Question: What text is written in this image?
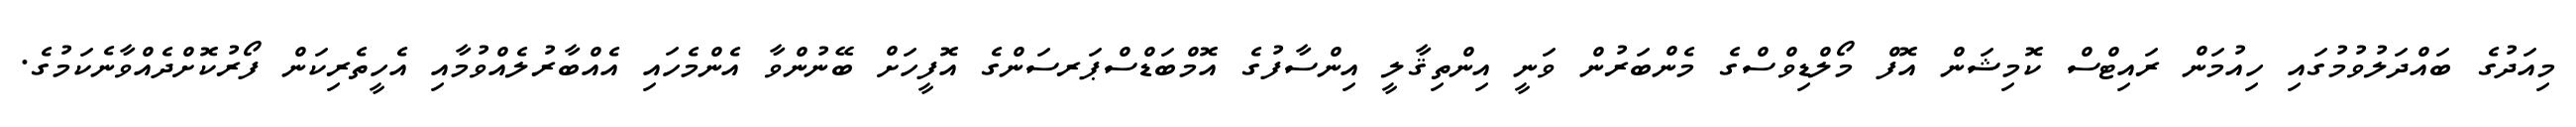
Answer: މިއަދުގެ ބައްދަލުވުމުގައި ހިއުމަން ރައިޓްސް ކޮމިޝަން އޮފް މޯލްޑިވްސްގެ މެންބަރުން ވަނީ އިންތިޤާލީ އިންސާފުގެ އޮމްބަޑްސްޕަރސަންގެ އޮފީހަށް ބޭނުންވާ އެންމެހައި އެއްބާރުލެއްވުމާއި އެހީތެރިކަން ފޯރުކޮށްދެއްވާނެކަމުގެ.